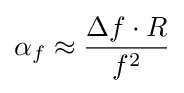
\alpha _{f}\approx {\frac {\Delta f\cdot R}{f^{2}}}